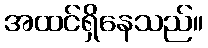
အထင်ရှိနေသည်။